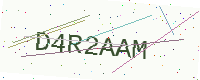
Text: D4R2AAM